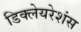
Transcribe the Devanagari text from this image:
डिक्लेयरेशंस